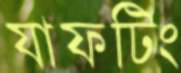
যাফটিং